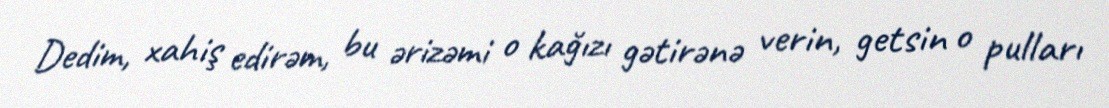
Dedim, xahiş edirəm, bu ərizəmi o kağızı gətirənə verin, getsin o pulları